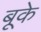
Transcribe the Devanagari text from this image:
बूके